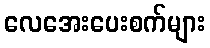
လေအေးပေးစက်များ